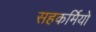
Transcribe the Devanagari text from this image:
सहकर्मियो